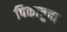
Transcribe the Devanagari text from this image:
पिकाचुचा